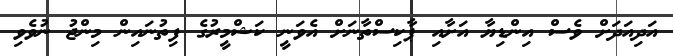
އަދިއަދަށް ވެސް އިންޑިޔާ އަށާއި ޕާކިސްތާނަށް އެވަނީ ކަޝްމީރުގެ ފިތުނައިން މިންޖު ނުވެވި